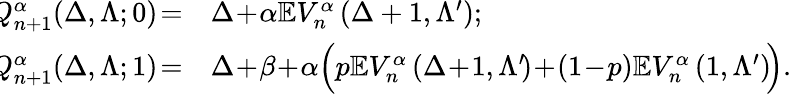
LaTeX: \begin{array}{rl}{\! \! Q_{n+1}^{\alpha}\! \left(\Delta,\Lambda;0\right)\! =}&{\Delta\! +\! \alpha\mathbb{E}V_{n}^{\alpha}\left(\Delta+1,\Lambda^{\prime}\right);}\\ {\! \! Q_{n+1}^{\alpha}\! \left(\Delta,\Lambda;1\right)\! =}&{\Delta\! +\! \beta\! +\! \alpha\Big(p\mathbb{E}V_{n}^{\alpha}\left(\Delta\! +\! 1,\Lambda^{\prime}\! \right)\! +\! (1\! -\! p)\mathbb{E}V_{n}^{\alpha}\left(1,\Lambda^{\prime}\right)\! \Big).}\end{array}